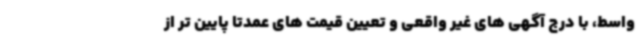
واسط، با درج آگهی های غیر واقعی و تعیین قیمت های عمدتا پایین تر از